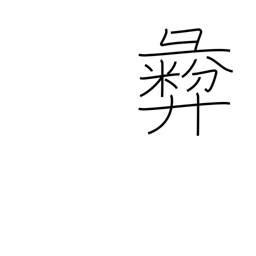
Meaning: moral principle